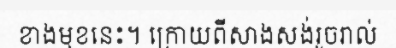
ខាងមុខនេះ។ ក្រោយពីសាងសង់រួចរាល់